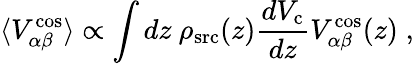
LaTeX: \langle V_{\alpha\beta}^{\mathrm{cos}}\rangle\propto\int dz~\rho_{\mathrm{src}}(z)\frac{dV_{\mathrm{c}}}{dz}V_{\alpha\beta}^{\mathrm{cos}}(z)\; ,